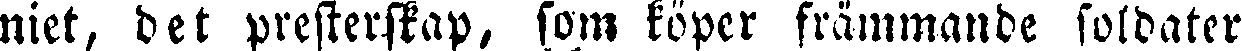
niet, det presterskap, som köper främmande soldater